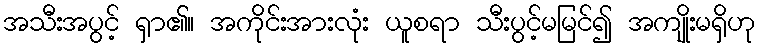
အသီးအပွင့် ရှာ၏။ အကိုင်းအားလုံး ယူစရာ သီးပွင့်မမြင်၍ အကျိုးမရှိဟု